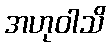
အဟုဝါသိ